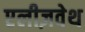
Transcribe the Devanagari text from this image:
एलीज़वेथ